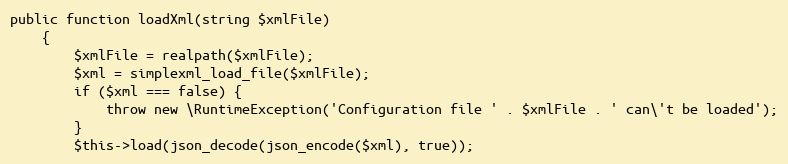
Language: PHP
public function loadXml(string $xmlFile)
    {
        $xmlFile = realpath($xmlFile);
        $xml = simplexml_load_file($xmlFile);
        if ($xml === false) {
            throw new \RuntimeException('Configuration file ' . $xmlFile . ' can\'t be loaded');
        }
        $this->load(json_decode(json_encode($xml), true));